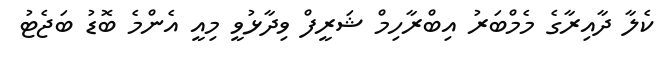
ކެލާ ދާއިރާގެ މެމްބަރު އިބްރާހިމް ޝަރީފް ވިދާޅުވީ މިއީ އެންމެ ބޮޑު ބަޖެޓު